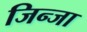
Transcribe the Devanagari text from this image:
जिन्जा